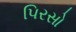
પિરસો